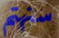
سنهتم